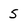
Character: 5